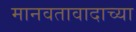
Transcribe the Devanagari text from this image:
मानवतावादाच्या